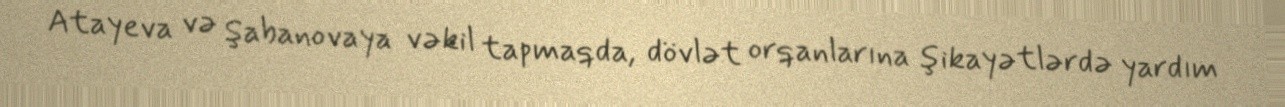
Atayeva və Şabanovaya vəkil tapmaqda, dövlət orqanlarına şikayətlərdə yardım